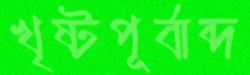
খৃষ্টপূর্বাব্দ